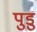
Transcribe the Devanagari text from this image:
पुडु